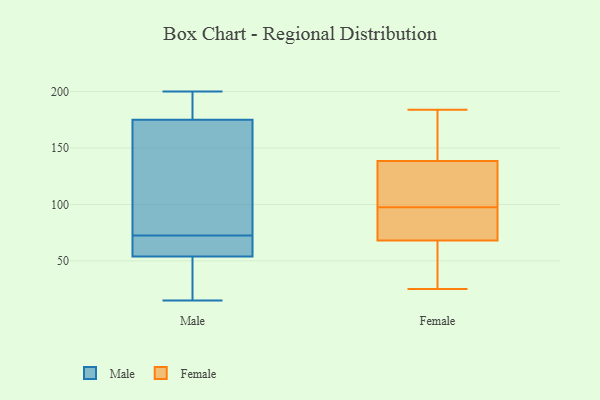
{"axis": {"x": "Waste Production (Tons)", "y": "Value"}, "legend": ["Female", "Male"], "data": [{"x": "", "y": 46, "type": "Male"}, {"x": "", "y": 79, "type": "Male"}, {"x": "", "y": 97, "type": "Male"}, {"x": "", "y": 200, "type": "Male"}, {"x": "", "y": 54, "type": "Male"}, {"x": "", "y": 175, "type": "Male"}, {"x": "", "y": 57, "type": "Male"}, {"x": "", "y": 61, "type": "Male"}, {"x": "", "y": 43, "type": "Male"}, {"x": "", "y": 68, "type": "Male"}, {"x": "", "y": 15, "type": "Male"}, {"x": "", "y": 77, "type": "Male"}, {"x": "", "y": 182, "type": "Male"}, {"x": "", "y": 178, "type": "Male"}, {"x": "", "y": 184, "type": "Female"}, {"x": "", "y": 174, "type": "Female"}, {"x": "", "y": 98, "type": "Female"}, {"x": "", "y": 85, "type": "Female"}, {"x": "", "y": 97, "type": "Female"}, {"x": "", "y": 157, "type": "Female"}, {"x": "", "y": 116, "type": "Female"}, {"x": "", "y": 65, "type": "Female"}, {"x": "", "y": 65, "type": "Female"}, {"x": "", "y": 25, "type": "Female"}, {"x": "", "y": 71, "type": "Female"}, {"x": "", "y": 120, "type": "Female"}]}